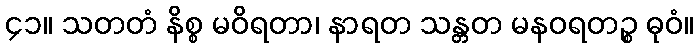
၄၁။ သတတံ နိစ္စ မဝိရတာ၊ နာရတ သန္တတ မနဝရတဉ္စ ဓုဝံ။